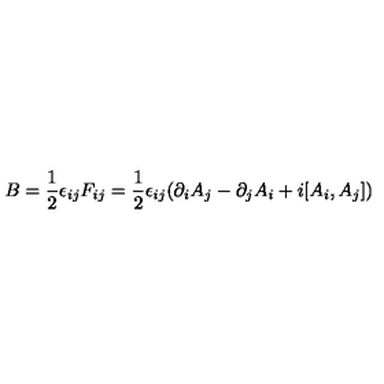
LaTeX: B = { \frac { 1 } { 2 } } \epsilon _ { i j } F _ { i j } = { \frac { 1 } { 2 } } \epsilon _ { i j } ( \partial _ { i } A _ { j } - \partial _ { j } A _ { i } + i [ A _ { i } , A _ { j } ] )